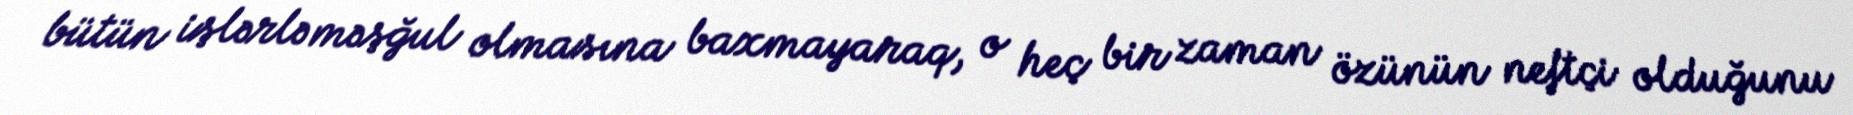
bütün işlərlə məşğul olmasına baxmayaraq, o heç bir zaman özünün neftçi olduğunu